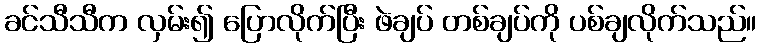
ခင်သီသီက လှမ်း၍ ပြောလိုက်ပြီး ဖဲချပ် တစ်ချပ်ကို ပစ်ချလိုက်သည်။